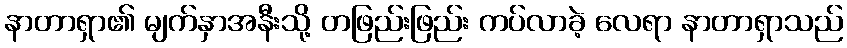
နာတာရှာ၏ မျက်နှာအနီးသို့ တဖြည်းဖြည်း ကပ်လာခဲ့ လေရာ နာတာရှာသည်